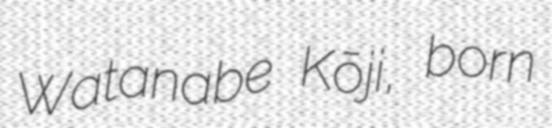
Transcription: Watanabe Kōji, born